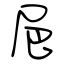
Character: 㞎